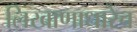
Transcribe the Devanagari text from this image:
लिखाणाधारेच